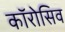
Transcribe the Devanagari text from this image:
कॉरोसिव